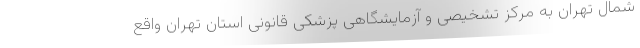
شمال تهران به مرکز تشخیصی و آزمایشگاهی پزشکی قانونی استان تهران واقع